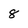
Character: 8